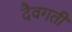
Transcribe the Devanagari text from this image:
दैवगती